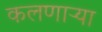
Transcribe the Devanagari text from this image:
कलणाऱ्या